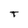
Character: T